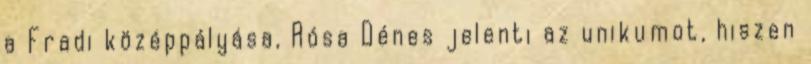
a Fradi középpályása, Rósa Dénes jelenti az unikumot, hiszen